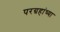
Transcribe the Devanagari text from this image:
परग्रहांच्या